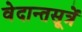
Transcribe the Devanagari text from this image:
वेदान्तसूत्रें